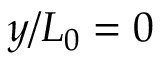
y / L _ { 0 } = 0